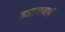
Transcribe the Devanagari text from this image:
इराणमार्गे